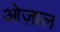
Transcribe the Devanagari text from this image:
ओज़ाल